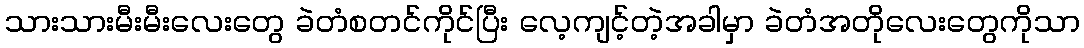
သားသားမီးမီးလေးတွေ ခဲတံစတင်ကိုင်ပြီး လေ့ကျင့်တဲ့အခါမှာ ခဲတံအတိုလေးတွေကိုသာ